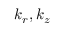
k _ { r } , k _ { z }